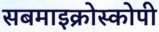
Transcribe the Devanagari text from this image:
सबमाइक्रोस्कोपी